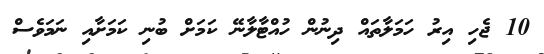
10 ޖެހި އިރު ހަމަލާތައް ދިނުން ހުއްޓާލާނޭ ކަމަށް ބުނި ކަމަށާއި ނަމަވެސް